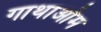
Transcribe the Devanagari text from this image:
गाथाओम